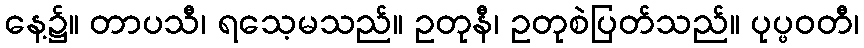
နေ့၌။ တာပသီ၊ ရသေ့မသည်။ ဥတုနီ၊ ဥတုစဲပြတ်သည်။ ပုပ္ဖဝတီ၊